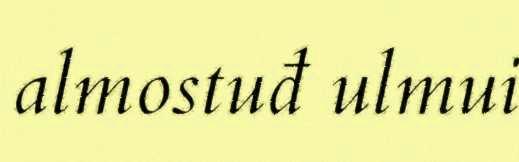
almostuđ ulmui